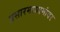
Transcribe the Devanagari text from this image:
प्रसारमाध्यमांवर